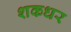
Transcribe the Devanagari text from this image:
शकधर